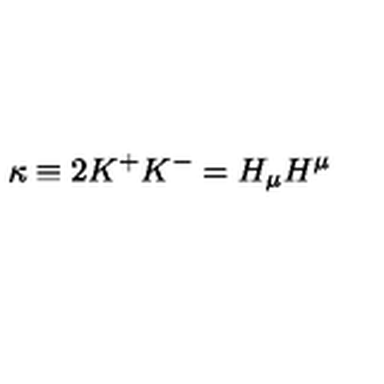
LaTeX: \kappa \equiv 2 K ^ { + } K ^ { - } = H _ { \mu } H ^ { \mu }